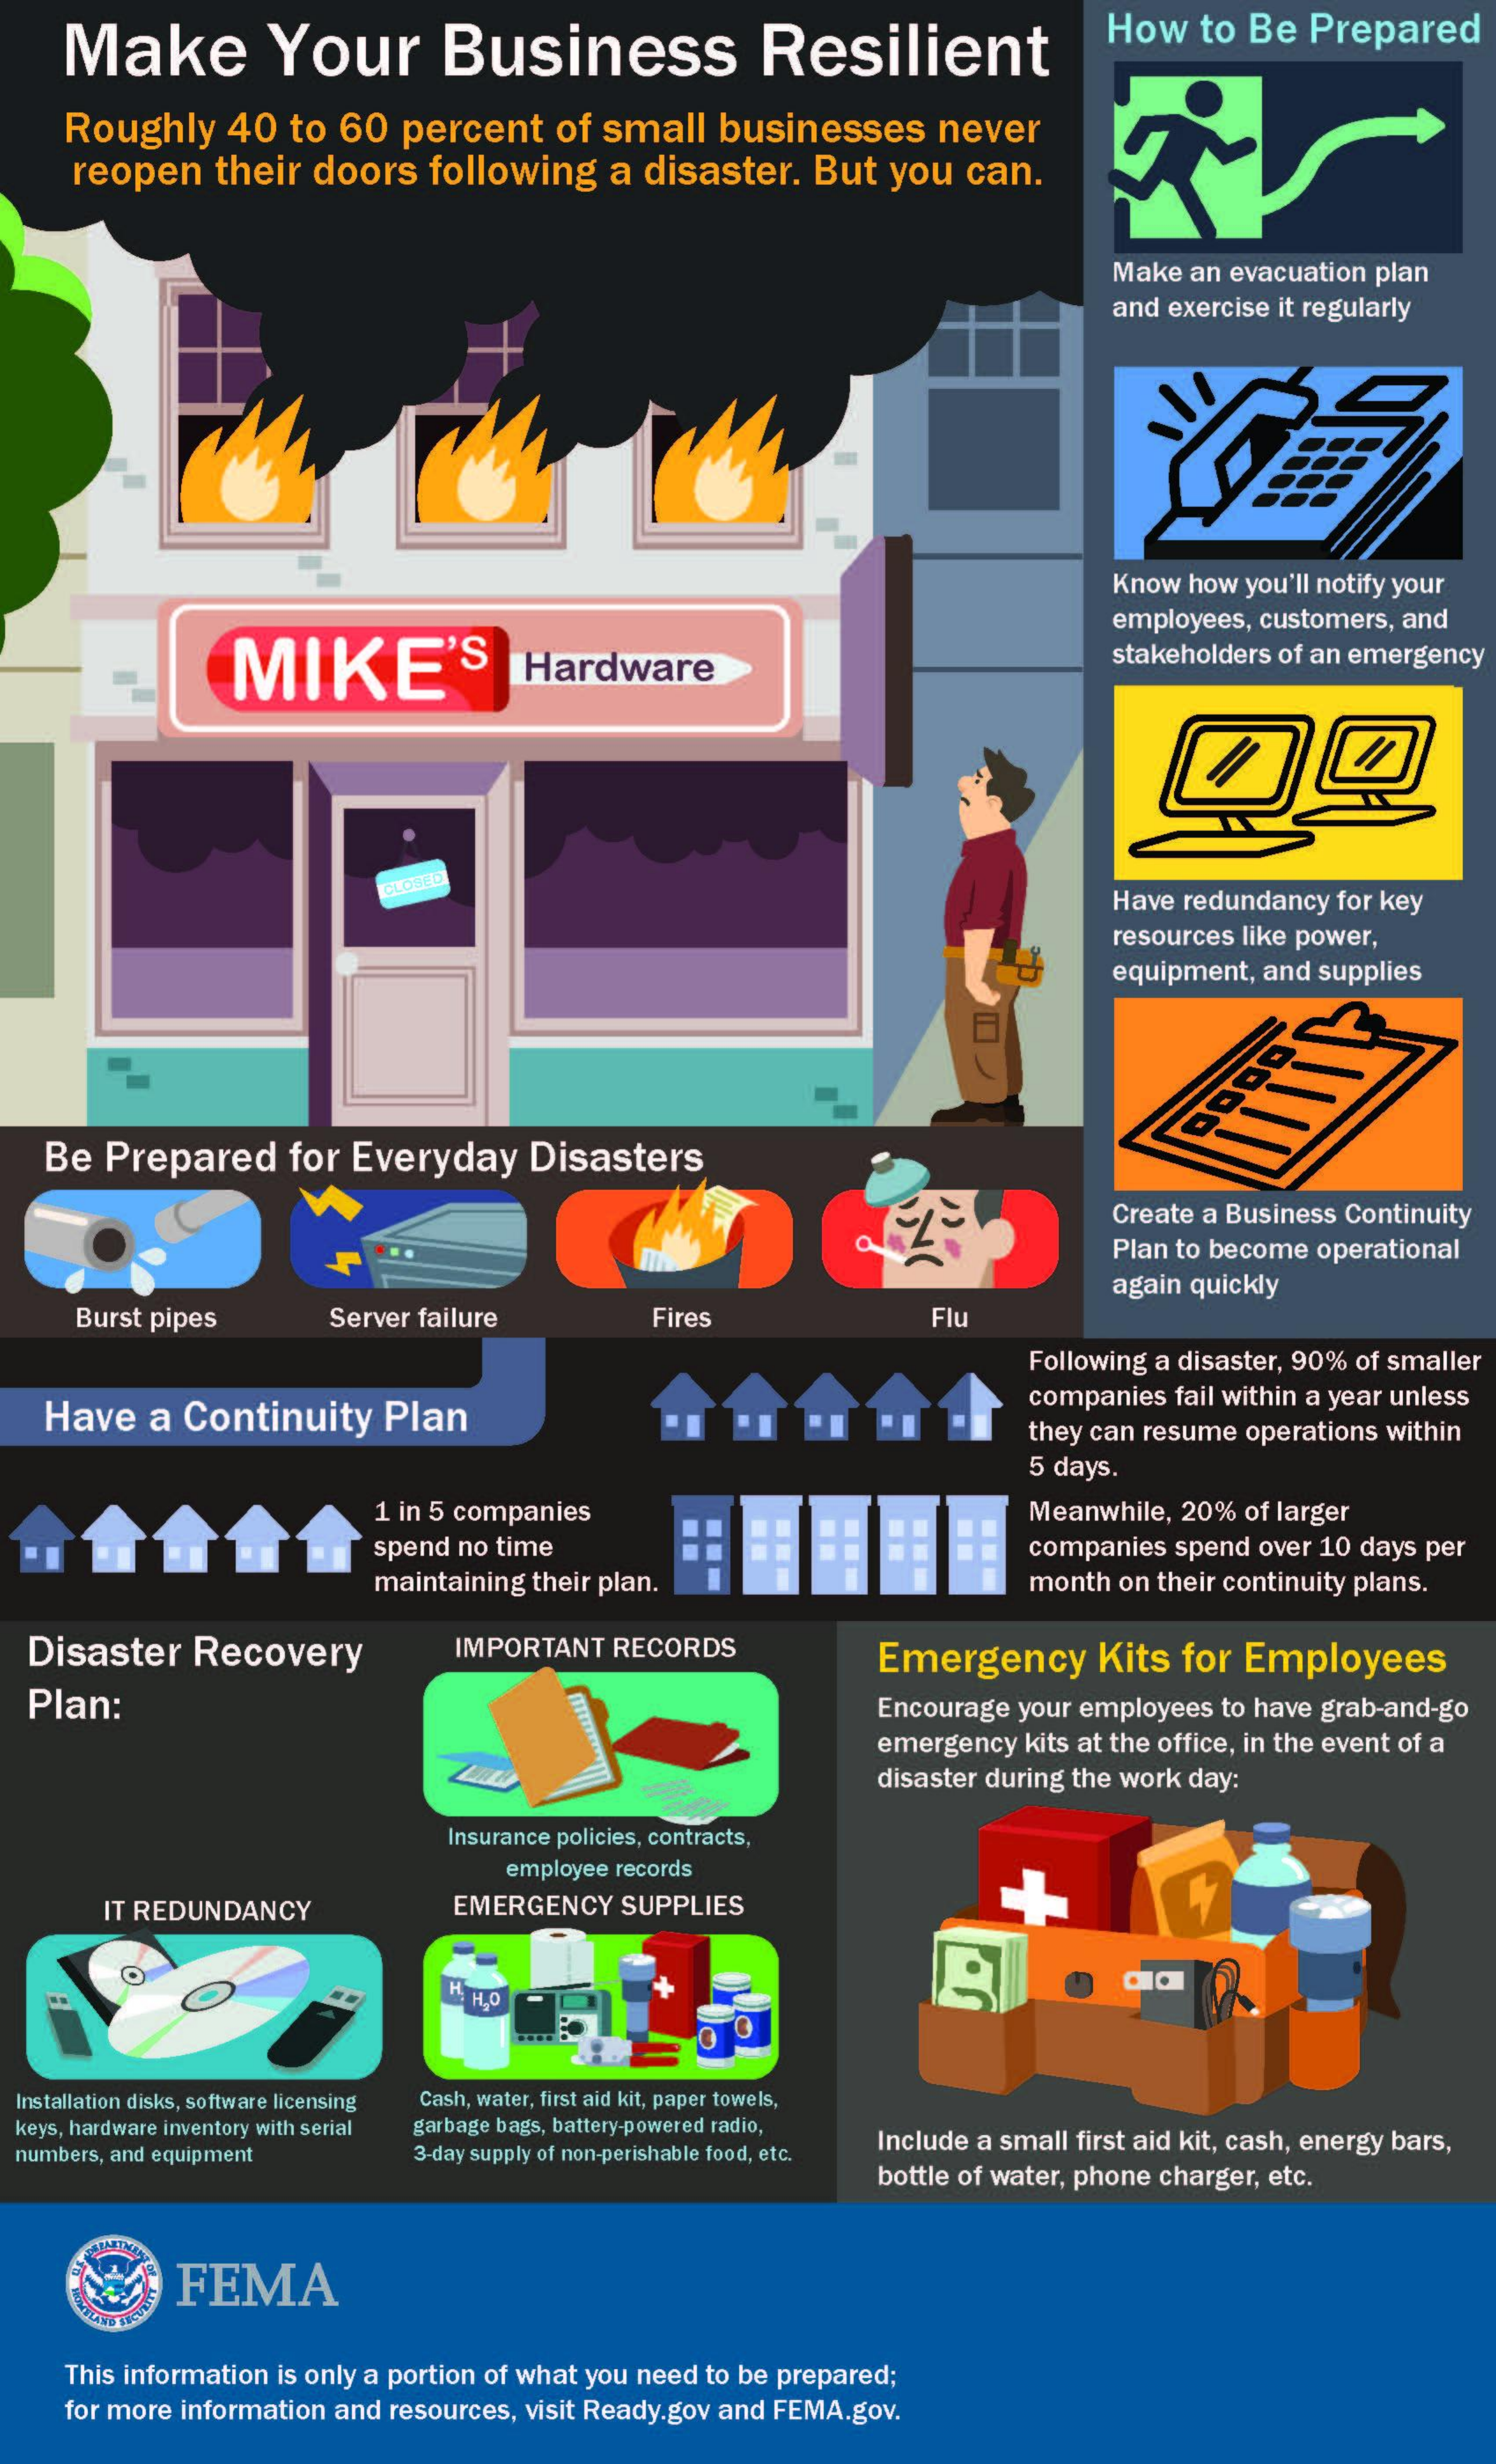
Make    Your    Business    Resilient
     How   to Be  Prepared
     Roughly   40  to  60  percent   of small   businesses    never
     reopen   their  doors   following   a disaster.   But  you  can.
     Make an evacuation plan
     and exercise it regularly
     Know how you'll notify your
     MIKE'S
     employees, customers, and
     Hardware    stakeholders of an emergency
     CLOSED
     Have redundancy for key
     resources like power,
     equipment, and supplies
   Be  Prepared    for  Everyday    Disasters
     Create a Business Continuity
     Plan to become operational
     Burst pipes
     again quickly
     Server failure    Fires    Flu
     Following a disaster, 90% of smaller
   Have   a Continuity    Plan
     companies fail within a year unless
     they can resume operations within
     5 days.
     1 in 5 companies    Meanwhile, 20% of larger
     spend no time    companies spend over 10 days per
     maintaining their plan.    month on their continuity plans.
  Disaster   Recovery    IMPORTANT RECORDS    Emergency    Kits for  Employees
  Plan:    Encourage your employees to have grab-and-go
     emergency kits at the office, in the event of a
     disaster during the work day:
     Insurance policies, contracts,
     employee records
     IT REDUNDANCY    EMERGENCY  SUPPLIES
  Installation disks, software licensing Cash, water, first aid kit, paper towels,
  keys, hardware inventory with serial garbage bags, battery-powered radio,
  numbers, and equipment    3-day supply of non-perishable food, etc. Include a small first aid kit, cash, energy bars,
     bottle of water, phone charger, etc.
     FEMA
     This information is only a portion of what you need to be prepared;
     for more information and resources, visit Ready.gov and FEMA.gov.